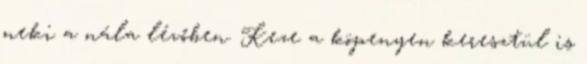
neki a nála lévőben. Keze a köpenyen keresztül is